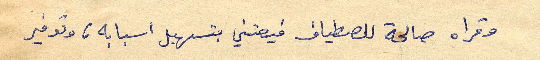
وقراه صالحة للصطياف فيعتني بتسهيل اسبابه، وتوفير